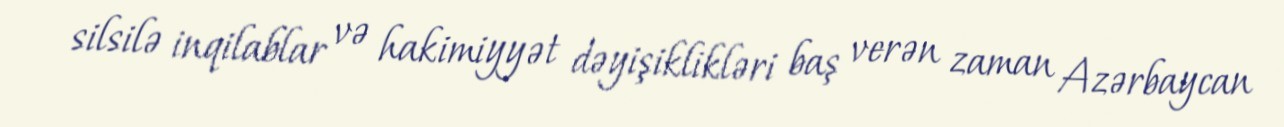
silsilə inqilablar və hakimiyyət dəyişiklikləri baş verən zaman Azərbaycan